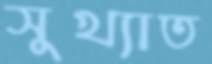
সুখ্যাত